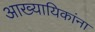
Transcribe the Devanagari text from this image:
आख्यायिकांना